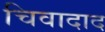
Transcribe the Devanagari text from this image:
चिवादाद